Annual returns of the Patna Lunatic Asylum at Bankipore in Bihar and Orissa - 1912-1924
Year: 1912
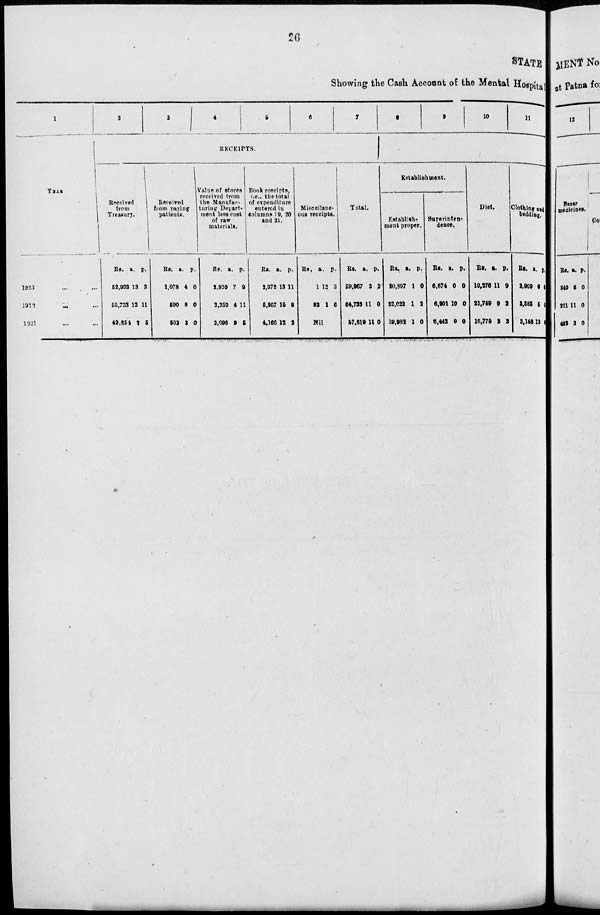
26
STATE
Showing the Cash Account of the Mental Hospital
1
YEAR
1923 ... ...
1922
...
...
1921 ... ...
2
3
4
5
6
7
RECEIPTS.
Received
from
Treasury.
Rs.
52,993
55,733
49,854
a.
13
12
2
p.
3
11
5
Received
from paying
patients.
Rs.
1,078
590
502
a.
4
8
3
p.
0
0
0
Value of stores
received from
the Manufac-
turing Depart-
ment less cost
of raw
materials.
Rs.
2,920
2,359
3,096
a.
7
4
9
p.
9
11
5
Book receipts,
i.e., the total
of expenditure
entered in
columns 19, 20
and 21.
Rs.
2,972
5,967
4,166
a.
13
15
12
p.
11
8
2
Miscellane-
ous receipts.
Rs.
1
82
a.
12
1
p.
3
6
Nil
Total.
Rs.
59,967
64,733
57,619
a.
3
11
11
p.
2
0
0
8
9
10
11
Establishment.
Establish-
ment proper.
Rs.
20,897
22,022
19,982
a.
1
1
1
p.
0
2
0
Superinten-
dence.
Rs.
6,874
6,901
6,442
a.
0
10
0
p.
0
0
0
Diet.
Rs.
19,276
21,759
16,775
a.
11
9
2
p.
9
2
2
Clothing and
bedding.
Rs.
2,909
3,583
3,148
a.
6
5
13
p.
6
0
0